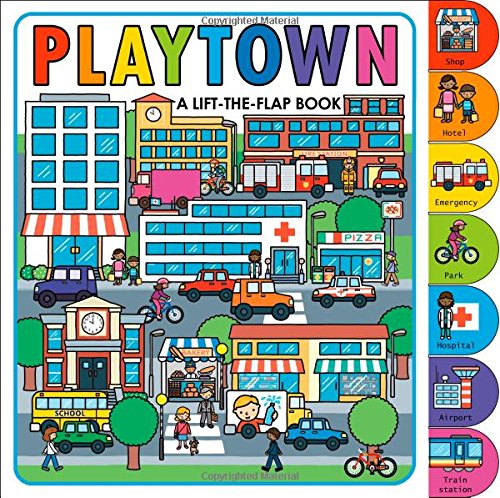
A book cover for Playtown; Roger Priddy; Children's Books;